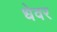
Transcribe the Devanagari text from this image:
धेवर